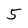
Character: 5